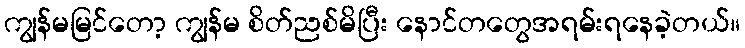
ကျွန်မမြင်တော့ ကျွန်မ စိတ်ညစ်မိပြီး နောင်တတွေအရမ်းရနေခဲ့တယ်။